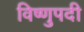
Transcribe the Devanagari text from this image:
विष्णुपदी